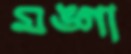
মঙ্গা